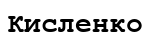
Кисленко